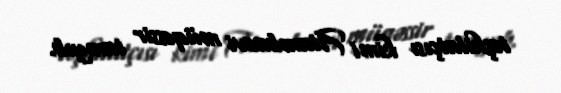
təşkilatçısı kimi Atambaevi müqəssir tanıyıb.